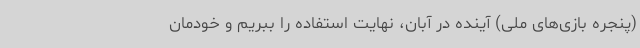
(پنجره بازی‌های ملی) آینده در آبان، نهایت استفاده را ببریم و خودمان